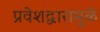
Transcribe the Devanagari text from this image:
प्रवेशद्वारामुळे